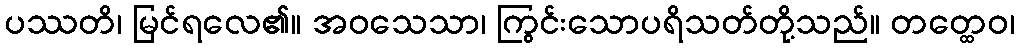
ပဿတိ၊ မြင်ရလေ၏။ အဝသေသာ၊ ကြွင်းသောပရိသတ်တို့သည်။ တတ္ထေဝ၊